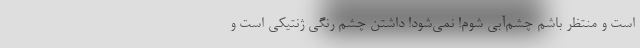
است و منتظر باشم چشم‌آبی شوم! نمی‌شود! داشتن چشم رنگی ژنتیکی است و